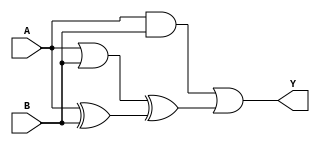
module combinational_logic_block(
    input A,
    input B,
    output Y
);

wire not_A;
wire not_B;
wire and_out;
wire or_out;
wire xor_out;

assign not_A = ~A;
assign not_B = ~B;

assign and_out = A & B;
assign or_out = A | B;
assign xor_out = A ^ B;

assign Y = and_out | or_out ^ xor_out;

endmodule